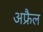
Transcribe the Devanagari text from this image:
अफ्रैल